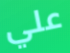
علي